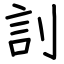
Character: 䚯